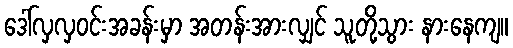
ဒေါ်လှလှဝင်းအခန်းမှာ အတန်းအားလျှင် သူတို့သွား နားနေကျ။